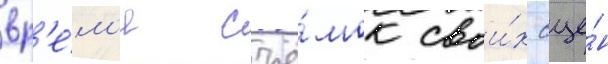
вр'е́м'я съё́мок свои́х сце́н